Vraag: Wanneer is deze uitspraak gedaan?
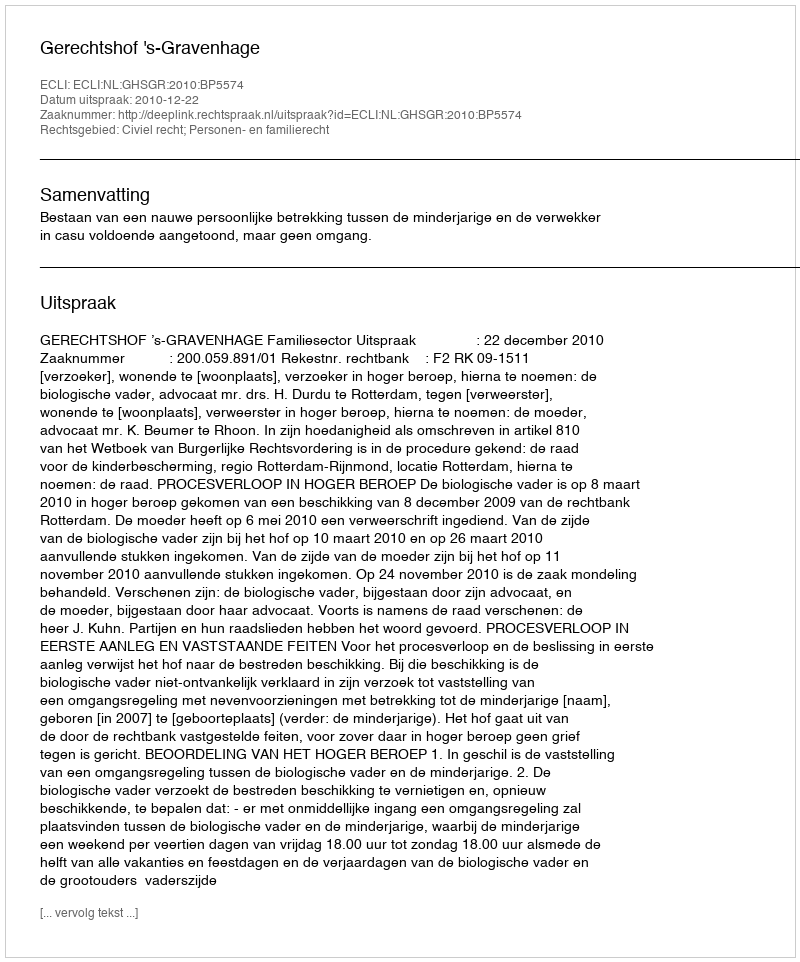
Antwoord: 2010-12-22